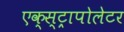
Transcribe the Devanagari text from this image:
एक्स्ट्रापोलेटर